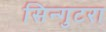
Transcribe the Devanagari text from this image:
सिन्गुटरा